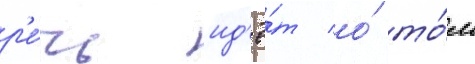
р'е́чь ид'ё́т о́ то́м